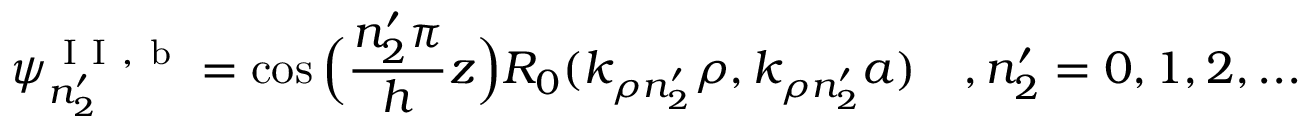
\psi _ { n _ { 2 } ^ { \prime } } ^ { \mathrm { ~ I ~ I ~ , ~ b ~ } } = \cos \Big ( \frac { n _ { 2 } ^ { \prime } \pi } { h } z \Big ) R _ { 0 } ( k _ { \rho n _ { 2 } ^ { \prime } } \rho , k _ { \rho n _ { 2 } ^ { \prime } } a ) \quad , n _ { 2 } ^ { \prime } = 0 , 1 , 2 , . . .